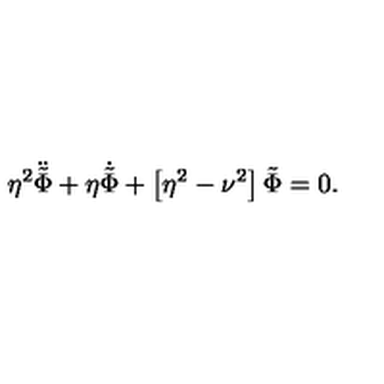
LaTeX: \eta ^ { 2 } \ddot { \tilde { \Phi } } + \eta \dot { \tilde { \Phi } } + \left[ \eta ^ { 2 } - \nu ^ { 2 } \right] \tilde { \Phi } = 0 .